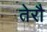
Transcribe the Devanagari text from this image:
तेरौ